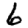
Digit: 6